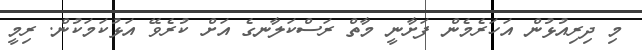
މި ދިރިއުޅުން އަހަރެމެން ފަށާނީ މާތް ރަސްކަލާނގެ އަށް ކުރެވޭ އަޅުކަމަކުން. ރިމީ